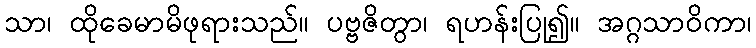
သာ၊ ထိုခေမာမိဖုရားသည်။ ပဗ္ဗဇိတွာ၊ ရဟန်းပြု၍။ အဂ္ဂသာဝိကာ၊